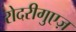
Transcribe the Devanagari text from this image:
रोदरीगुएज़